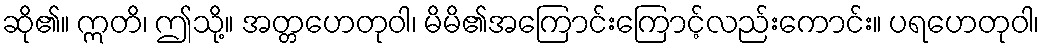
ဆို၏။ ဣတိ၊ ဤသို့။ အတ္တဟေတုဝါ၊ မိမိ၏အကြောင်းကြောင့်လည်းကောင်း။ ပရဟေတုဝါ၊